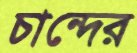
চান্দের